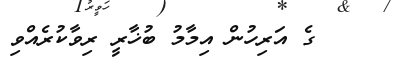
ގެ އަރިހުން އިމާމު ބުޚާރީ ރިވާކުރެއްވި